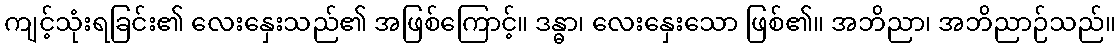
ကျင့်သုံးရခြင်း၏ လေးနှေးသည်၏ အဖြစ်ကြောင့်။ ဒန္ဓာ၊ လေးနှေးသော ဖြစ်၏။ အဘိညာ၊ အဘိညာဉ်သည်။